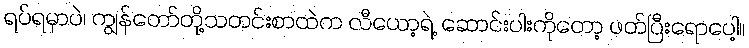
ရပ်ရမှာပဲ၊ ကျွန်တော်တို့သတင်းစာထဲက လီယော့ရဲ့ ဆောင်းပါးကိုတော့ ဖတ်ပြီးရောပေါ့။